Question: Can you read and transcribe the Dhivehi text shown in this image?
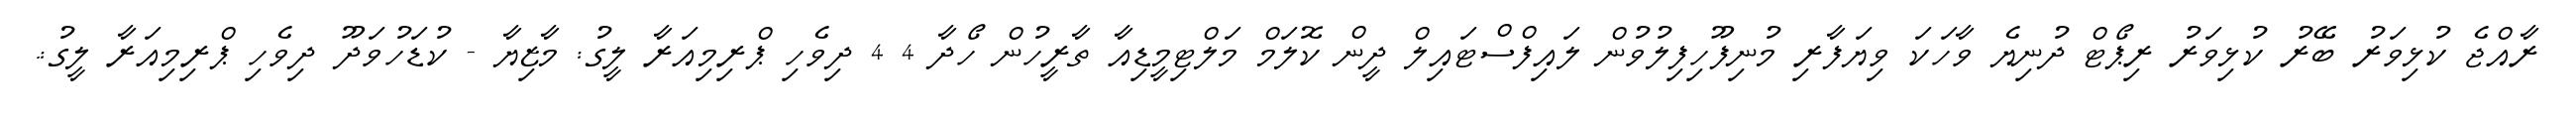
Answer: ރާއްޖެ ކުޅިވަރު ބޭރު ކުޅިވަރު ރިޕޯޓް ދުނިޔެ ވާހަކަ ވިޔަފާރި މުނިފޫހިފިލުވުން ލައިފްސްޓައިލް ދީން ކޮލަމް މަލްޓިމީޑިއާ ތާރީހުން ހޯދާ 4 4 ދިވެހި ޕްރިމިއަރާ ލީގު: މާޒިޔާ - ކުޑަހުވަދޫ ދިވެހި ޕްރިމިއަރާ ލީގު:.